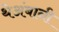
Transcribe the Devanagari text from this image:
थेअंबानी